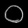
Digit: ၀